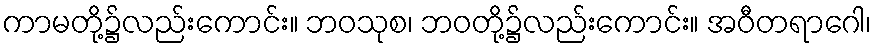
ကာမတို့၌လည်းကောင်း။ ဘဝသုစ၊ ဘဝတို့၌လည်းကောင်း။ အဝီတရာဂေါ၊